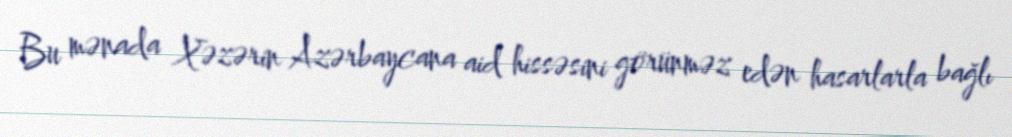
Bu mənada Xəzərin Azərbaycana aid hissəsini görünməz edən hasarlarla bağlı